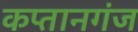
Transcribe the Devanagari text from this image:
कप्‍तानगंज